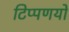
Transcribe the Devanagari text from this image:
टिप्पणयों